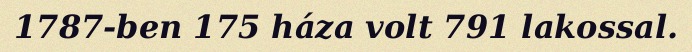
1787-ben 175 háza volt 791 lakossal.